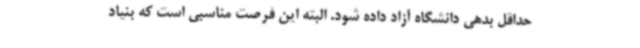
حداقل بدهی دانشگاه آزاد داده شود. البته این فرصت مناسبی است که بنیاد